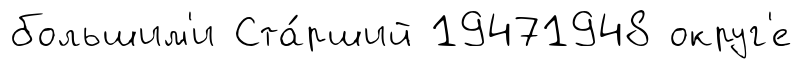
большим'и Ста́рший 19471948 округ'е